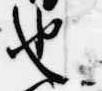
也